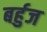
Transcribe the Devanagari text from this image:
बर्हुज